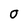
Character: O